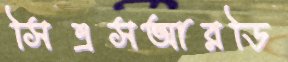
সিএসআরডি